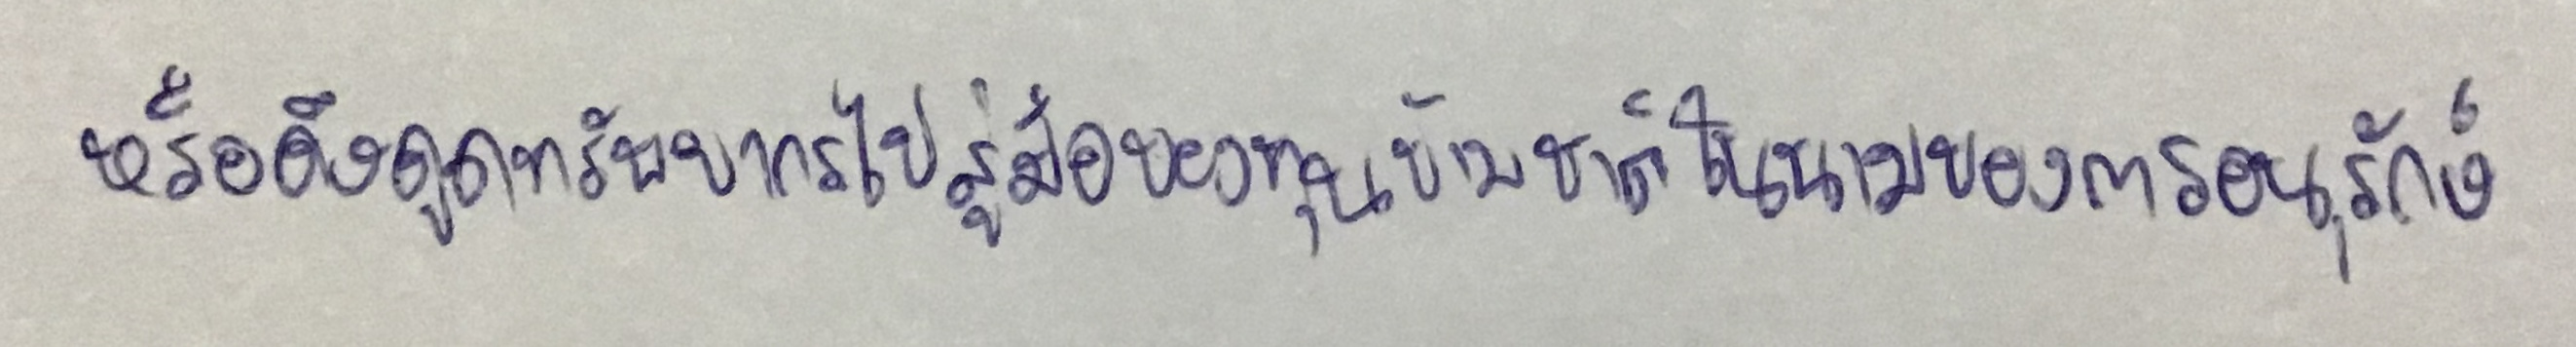
หรือดึงดูดทรัพยากรไปสู่มือของทุนข้ามชาติในนามของการอนุรักษ์